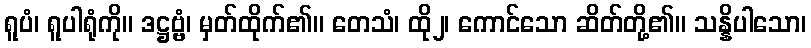
ရူပံ၊ ရူပါရုံကို။ ဒဋ္ဌဗ္ဗံ၊ မှတ်ထိုက်၏။ တေသံ၊ ထို၂၊ ကောင်သော ဆိတ်တို့၏။ သန္နိပါသော၊